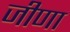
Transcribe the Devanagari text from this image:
जीणा